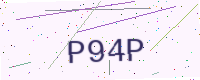
Text: P94P